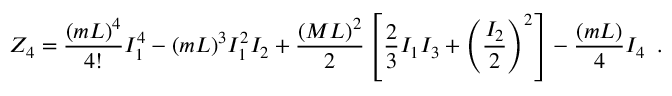
Z _ { 4 } = \frac { ( m L ) ^ { 4 } } { 4 ! } I _ { 1 } ^ { 4 } - ( m L ) ^ { 3 } I _ { 1 } ^ { 2 } I _ { 2 } + \frac { ( M L ) ^ { 2 } } { 2 } \left[ \frac { 2 } { 3 } I _ { 1 } I _ { 3 } + \left( \frac { I _ { 2 } } { 2 } \right) ^ { 2 } \right] - \frac { ( m L ) } { 4 } I _ { 4 } \, \, \, .